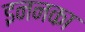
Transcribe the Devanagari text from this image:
इननका